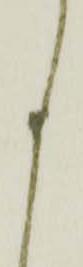
く